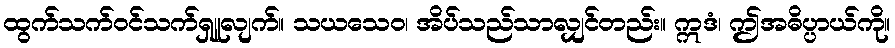
ထွက်သက်ဝင်သက်ရှူလျက်။ သယသေဝ၊ အိပ်သည်သာလျှင်တည်း။ ဣဒံ၊ ဤအဓိပ္ပာယ်ကို။